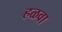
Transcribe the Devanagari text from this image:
हळवा